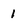
Character: 1